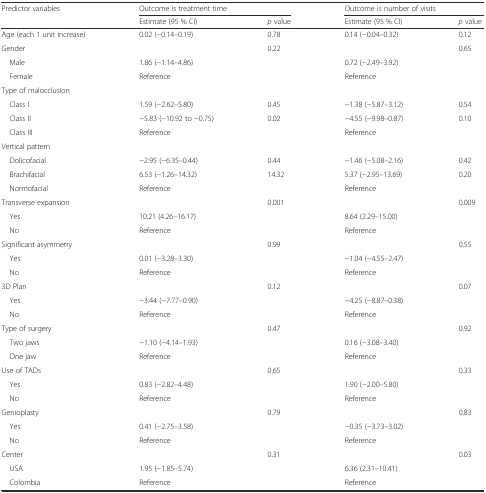
<table><thead><tr><td rowspan="2"><b>Predictor variables</b></td><td colspan="2"><b>Outcome is treatment time</b></td><td colspan="2"><b>Outcome is number of visits</b></td></tr><tr><td><b>Estimate (95 % CI)</b></td><td><b><i>p</i> value</b></td><td><b>Estimate (95 % CI)</b></td><td><b><i>p</i> value</b></td></tr></thead><tbody><tr><td>Age (each 1 unit increase)</td><td>0.02 (−0.14–0.19)</td><td>0.78</td><td>0.14 (−0.04–0.32)</td><td>0.12</td></tr><tr><td>Gender</td><td></td><td rowspan="3">0.22</td><td></td><td rowspan="3">0.65</td></tr><tr><td> Male</td><td>1.86 (−1.14–4.86)</td><td>0.72 (−2.49–3.92)</td></tr><tr><td> Female</td><td>Reference</td><td>Reference</td></tr><tr><td>Type of malocclusion</td><td></td><td></td><td></td><td></td></tr><tr><td> Class I</td><td>1.59 (−2.62–5.80)</td><td>0.45</td><td>−1.38 (−5.87–3.12)</td><td>0.54</td></tr><tr><td> Class II</td><td>−5.83 (−10.92 to −0.75)</td><td rowspan="2">0.02</td><td>−4.55 (−9.98–0.87)</td><td rowspan="2">0.10</td></tr><tr><td> Class III</td><td>Reference</td><td>Reference</td></tr><tr><td>Vertical pattern</td><td></td><td></td><td></td><td></td></tr><tr><td> Dolicofacial</td><td>−2.95 (−6.35–0.44)</td><td>0.44</td><td>−1.46 (−5.08–2.16)</td><td>0.42</td></tr><tr><td> Brachifacial</td><td>6.53 (−1.26–14.32)</td><td rowspan="2">14.32</td><td>5.37 (−2.95–13.69)</td><td rowspan="2">0.20</td></tr><tr><td> Normofacial</td><td>Reference</td><td>Reference</td></tr><tr><td>Transverse expansion</td><td></td><td rowspan="3">0.001</td><td></td><td rowspan="3">0.009</td></tr><tr><td> Yes</td><td>10.21 (4.26–16.17)</td><td>8.64 (2.29–15.00)</td></tr><tr><td> No</td><td>Reference</td><td>Reference</td></tr><tr><td>Significant asymmetry</td><td></td><td rowspan="3">0.99</td><td></td><td rowspan="3">0.55</td></tr><tr><td> Yes</td><td>0.01 (−3.28–3.30)</td><td>−1.04 (−4.55–2.47)</td></tr><tr><td> No</td><td>Reference</td><td>Reference</td></tr><tr><td>3D Plan</td><td></td><td rowspan="3">0.12</td><td></td><td rowspan="3">0.07</td></tr><tr><td> Yes</td><td>−3.44 (−7.77–0.90)</td><td>−4.25 (−8.87–0.38)</td></tr><tr><td> No</td><td>Reference</td><td>Reference</td></tr><tr><td>Type of surgery</td><td></td><td rowspan="3">0.47</td><td></td><td rowspan="3">0.92</td></tr><tr><td> Two jaws</td><td>−1.10 (−4.14–1.93)</td><td>0.16 (−3.08–3.40)</td></tr><tr><td> One jaw</td><td>Reference</td><td>Reference</td></tr><tr><td>Use of TADs</td><td></td><td rowspan="3">0.65</td><td></td><td rowspan="3">0.33</td></tr><tr><td> Yes</td><td>0.83 (−2.82–4.48)</td><td>1.90 (−2.00–5.80)</td></tr><tr><td> No</td><td>Reference</td><td>Reference</td></tr><tr><td>Genioplasty</td><td></td><td rowspan="3">0.79</td><td></td><td rowspan="3">0.83</td></tr><tr><td> Yes</td><td>0.41 (−2.75–3.58)</td><td>−0.35 (−3.73–3.02)</td></tr><tr><td> No</td><td>Reference</td><td>Reference</td></tr><tr><td>Center</td><td></td><td rowspan="3">0.31</td><td></td><td rowspan="3">0.03</td></tr><tr><td> USA</td><td>1.95 (−1.85–5.74)</td><td>6.36 (2.31–10.41)</td></tr><tr><td> Colombia</td><td>Reference</td><td>Reference</td></tr></tbody></table>